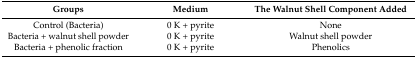
| Groups | Medium | The Walnut Shell Component Added |
 | --- | --- | --- |
 | Control (Bacteria) | 0 K + pyrite | None |
 | Bacteria + walnut shell powder | 0 K + pyrite | Walnut shell powder |
 | Bacteria + phenolic fraction | 0 K + pyrite | Phenolics |